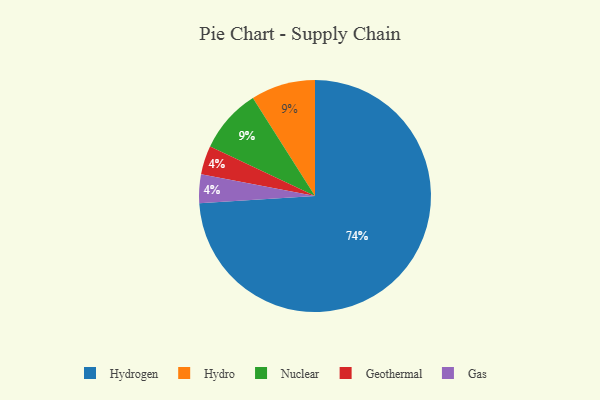
{"axis": {"x": "Category", "y": "Percentage"}, "legend": ["Gas", "Geothermal", "Hydro", "Hydrogen", "Nuclear"], "data": [{"x": "Hydro", "y": 9, "type": "Hydro"}, {"x": "Hydrogen", "y": 74, "type": "Hydrogen"}, {"x": "Geothermal", "y": 4, "type": "Geothermal"}, {"x": "Gas", "y": 4, "type": "Gas"}, {"x": "Nuclear", "y": 9, "type": "Nuclear"}]}